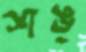
শঙ্